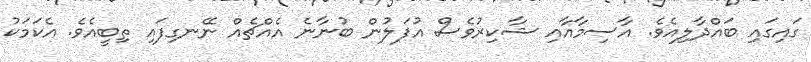
ގައިގައި ބައްދާލިއެވެ. އާސިމާއާއި ޝާކިރުވެސް އުފަލުން ބުނާނެ އެއްޗެއް ނޭނގިފައި ތިބީއެވެ. އެކަމަކު